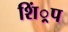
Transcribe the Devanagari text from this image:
शिं्रप